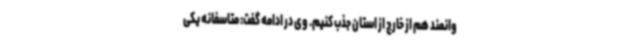
وانمند هم از خارج از استان جذب کنیم. وی در ادامه گفت: متاسفانه یکی